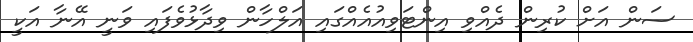
ސަން އަށް ކުރިން ދެއްވި އިންޓަވިއުއެއްގައި އަލްހާން ވިދާޅުވެފައި ވަނީ އޭނާ އަކީ